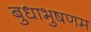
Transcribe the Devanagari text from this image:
बुधाभुषणम